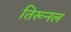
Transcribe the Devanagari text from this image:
तिरूनल